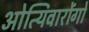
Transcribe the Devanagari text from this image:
ओत्यिवारोंगो